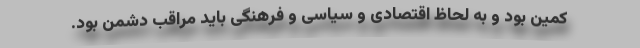
کمین بود و به لحاظ اقتصادی و سیاسی و فرهنگی باید مراقب دشمن بود.